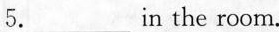
5. ___ in the room.